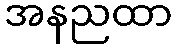
အနညထာ